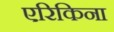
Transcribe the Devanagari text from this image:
एरिकिना